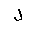
Letter: _lam